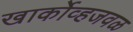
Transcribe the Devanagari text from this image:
खार्कोव्हजवळ